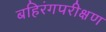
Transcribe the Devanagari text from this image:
बहिरंगपरीक्षण